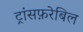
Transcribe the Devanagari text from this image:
ट्रांसफ़रेबिल